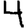
Digit: 4